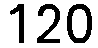
120